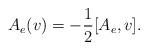
LaTeX: \begin{align*} A_e(v) = -\frac12 [A_e,v].\end{align*}